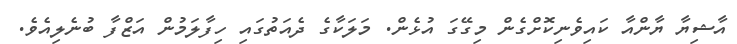
އާޝިޔާ ޔާންއާ ކައިވެނިކޮށްގެން މިގޭގަ އުޅެން. މަލަކާގެ ދެއަތުގައި ހިފާލަމުން އަޒްފާ ބުނެލިއެވެ.